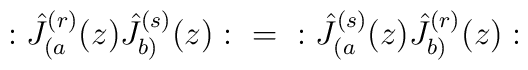
:\hat{J}_{(a}^{(r)}(z)\hat{J}_{b)}^{(s)}(z): \hspace{.1in}=\hspace{.1in}:\hat{J}_{(a}^{(s)}(z)\hat{J}_{b)}^{(r)}(z):